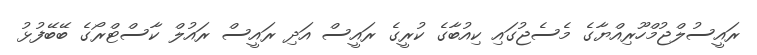
ރައީސުލްޖުމްހޫރިއްޔާގެ މެސެޖުގައި ކިއުބާގެ ކުރީގެ ރައީސް އަދި ރައީސް ރައުލް ކާސްޓްރޯގެ ބޭބޭފުޅު